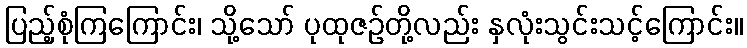
ပြည့်စုံကြကြောင်း၊ သို့သော် ပုထုဇဉ်တို့လည်း နှလုံးသွင်းသင့်ကြောင်း။